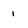
Character: 1